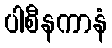
ပါစီနကာနံ